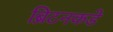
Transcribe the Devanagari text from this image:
ब्रिटनकडे